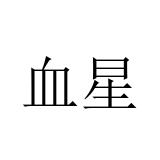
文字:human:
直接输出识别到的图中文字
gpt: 血星